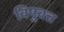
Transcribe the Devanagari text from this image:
विषुवत्त